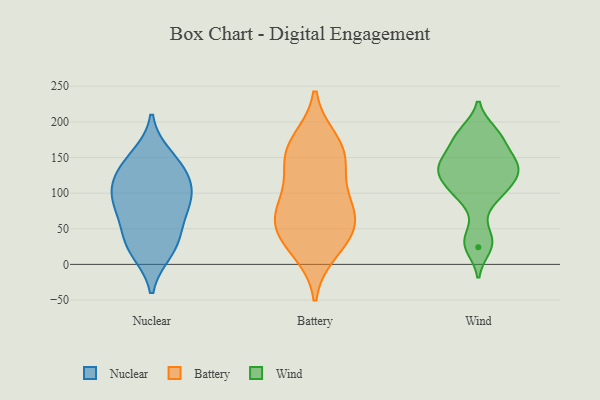
{"axis": {"x": "Customer Acquisition Cost (USD)", "y": "Value"}, "legend": ["Battery", "Nuclear", "Wind"], "data": [{"x": "", "y": 141, "type": "Nuclear"}, {"x": "", "y": 102, "type": "Nuclear"}, {"x": "", "y": 85, "type": "Nuclear"}, {"x": "", "y": 55, "type": "Nuclear"}, {"x": "", "y": 124, "type": "Nuclear"}, {"x": "", "y": 123, "type": "Nuclear"}, {"x": "", "y": 85, "type": "Nuclear"}, {"x": "", "y": 91, "type": "Nuclear"}, {"x": "", "y": 23, "type": "Nuclear"}, {"x": "", "y": 152, "type": "Nuclear"}, {"x": "", "y": 37, "type": "Nuclear"}, {"x": "", "y": 18, "type": "Nuclear"}, {"x": "", "y": 152, "type": "Battery"}, {"x": "", "y": 141, "type": "Battery"}, {"x": "", "y": 66, "type": "Battery"}, {"x": "", "y": 41, "type": "Battery"}, {"x": "", "y": 72, "type": "Battery"}, {"x": "", "y": 160, "type": "Battery"}, {"x": "", "y": 172, "type": "Battery"}, {"x": "", "y": 99, "type": "Battery"}, {"x": "", "y": 20, "type": "Battery"}, {"x": "", "y": 73, "type": "Battery"}, {"x": "", "y": 40, "type": "Battery"}, {"x": "", "y": 173, "type": "Wind"}, {"x": "", "y": 134, "type": "Wind"}, {"x": "", "y": 120, "type": "Wind"}, {"x": "", "y": 136, "type": "Wind"}, {"x": "", "y": 117, "type": "Wind"}, {"x": "", "y": 129, "type": "Wind"}, {"x": "", "y": 39, "type": "Wind"}, {"x": "", "y": 173, "type": "Wind"}, {"x": "", "y": 103, "type": "Wind"}, {"x": "", "y": 147, "type": "Wind"}, {"x": "", "y": 186, "type": "Wind"}, {"x": "", "y": 185, "type": "Wind"}, {"x": "", "y": 99, "type": "Wind"}, {"x": "", "y": 142, "type": "Wind"}, {"x": "", "y": 30, "type": "Wind"}, {"x": "", "y": 90, "type": "Wind"}, {"x": "", "y": 145, "type": "Wind"}, {"x": "", "y": 24, "type": "Wind"}]}